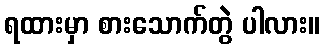
ရထားမှာ စားသောက်တွဲ ပါလား။